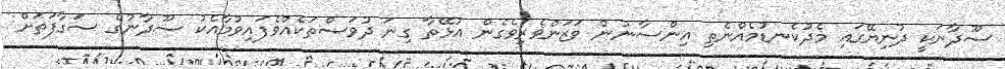
ސޫދާނަކީ ދުނިޔޭގައި މެދުކެނޑުމެއްނެތި އިންސާނުން ވަޒަންވެރިވެގެން އުޅޭތާ ގިނަ ދުވަސްތަކެއްވެފައިިވުމާއެކު ސޫދާނުގެ ސަގާފަތަށް